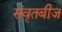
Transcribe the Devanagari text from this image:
संवृतबीज